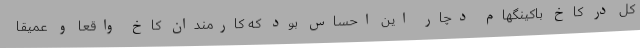
کل در کاخ باکینگهام دچار این احساس بود که کارمندان کاخ واقعا و عمیقا